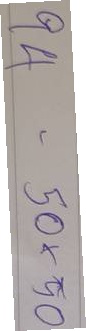
94 = 50x50